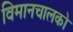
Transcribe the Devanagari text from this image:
विमानचालको